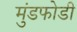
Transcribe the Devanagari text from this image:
मुंडफोडी